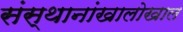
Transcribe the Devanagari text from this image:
संस्थानांखालोखाल